Leaving Certificate Examination, 1916
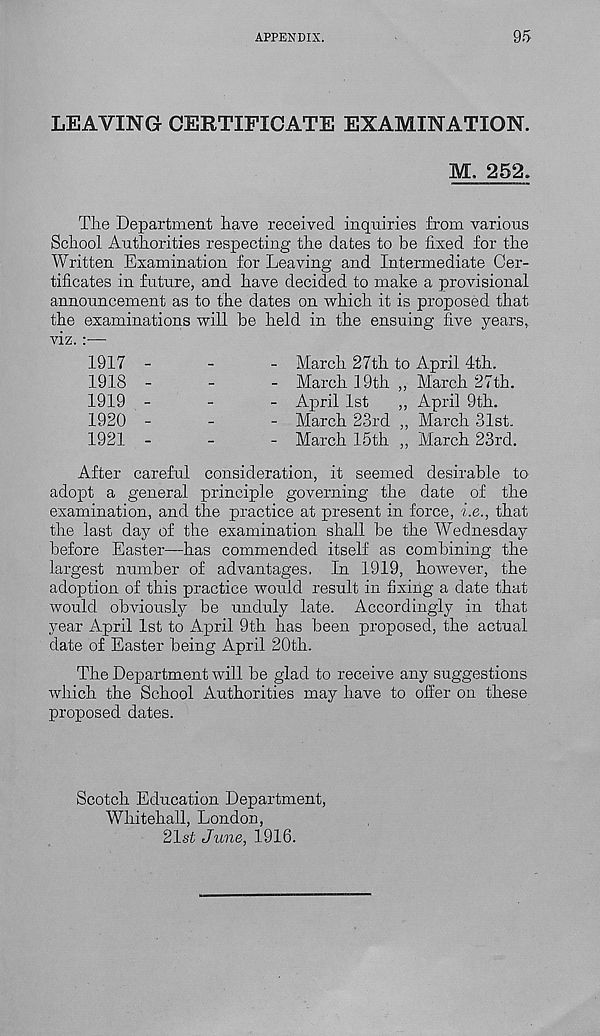
APPENDIX.
95
LEAVING CERTIFICATE EXAMINATION.
M, 252.
The Department have received inquiries from various
School Authorities respecting the dates to be fixed for the
Written Examination for Leaving and Intermediate Cer-
tificates in future, and have decided to make a provisional
announcement as to the dates on which it is proposed that
the examinations will be held in the ensuing five years,
viz.:—
1917 -
1918 -
1919 -
1920 -
1921 -
March 27th to April 4th.
March 19th ,, March 27th.
April 1st
,, April 9th.
- March 23rd
- March 15 th
March 31st.
March 23rd.
After careful consideration, it seemed desirable to
adopt a general principle governing the date of the
examination, and the practice at present in force, i.e., that
the last day of the examination shall be the Wednesday
before Easter—has commended itself as combining the
largest number of advantages, In 1919, however, the
adoption of this practice would result in fixing a date that
would obviously be unduly late. Accordingly in that
year April 1st to April 9th has been proposed, the actual
date of Easter being April 20th.
The Department will be glad to receive any suggestions
which the School Authorities may have to offer on these
proposed dates.
Scotch Education Department,
Whitehall, London,
21st June, 1916.